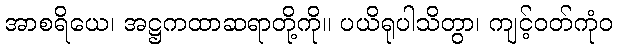
အာစရိယေ၊ အဋ္ဌကထာဆရာတို့ကို။ ပယိရုပါသိတွာ၊ ကျင့်ဝတ်ကုံဝ